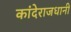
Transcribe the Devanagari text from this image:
कांदेराजधानी